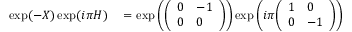
\begin{array} { r l } { \exp ( - X ) \exp ( i \pi H ) } & { { } = \exp \left( { \left( \begin{array} { l l } { 0 } & { - 1 } \\ { 0 } & { 0 } \end{array} \right) } \right) \exp \left( i \pi { \left( \begin{array} { l l } { 1 } & { 0 } \\ { 0 } & { - 1 } \end{array} \right) } \right) } \end{array}